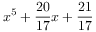
x ^ { 5 } + { \frac { 2 0 } { 1 7 } } x + { \frac { 2 1 } { 1 7 } }